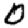
Digit: 0